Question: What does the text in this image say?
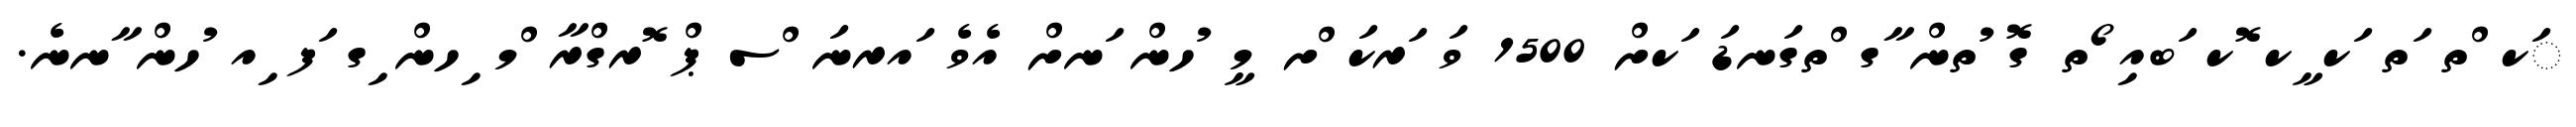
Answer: ަކ ްތ ަތ ަކ ީކ ޮކ ަބއި ޯތ ގޮ ުތން ާގ ްތގަނޑަ ަކށް 1500 ވަ ަރކަ ްށ މީ ުހން ަނށް އެވެ ައރނަ ްސ ޕް ޮރގްރާ ްމ ިހން ިގ ަފ ިއ ުހން ާނނެ.